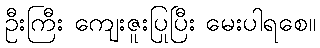
ဦးကြီး ကျေးဇူးပြုပြီး မေးပါရစေ။